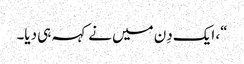
“، ایک دِن میں نے کہہ ہی دیا۔